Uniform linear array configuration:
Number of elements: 32
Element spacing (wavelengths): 0.25
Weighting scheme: exponential
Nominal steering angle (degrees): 60
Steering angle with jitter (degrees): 58.078
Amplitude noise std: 0.05
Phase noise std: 0.05

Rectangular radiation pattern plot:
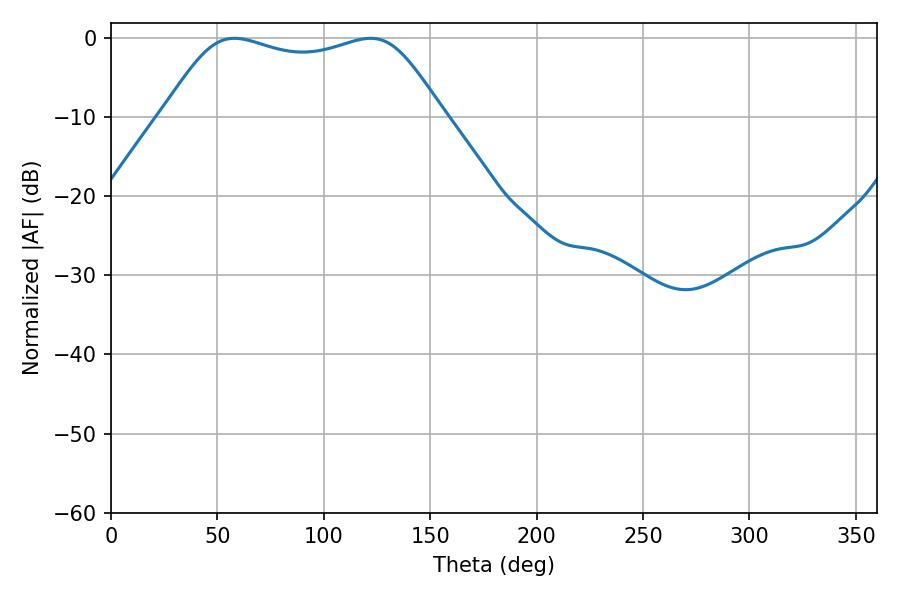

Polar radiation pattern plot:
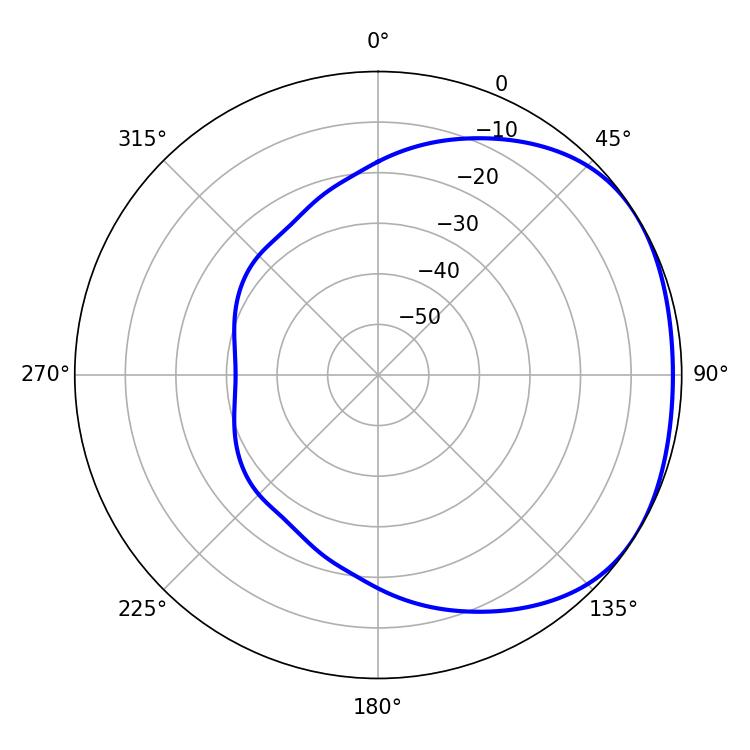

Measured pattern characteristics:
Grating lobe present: FALSE
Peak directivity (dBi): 1.722
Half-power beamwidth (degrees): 100.44
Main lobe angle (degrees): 57.96